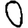
Digit: 0